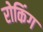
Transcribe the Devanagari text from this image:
रोकिंग